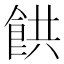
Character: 𩛘